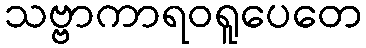
သဗ္ဗာကာရဝရူပေတေ